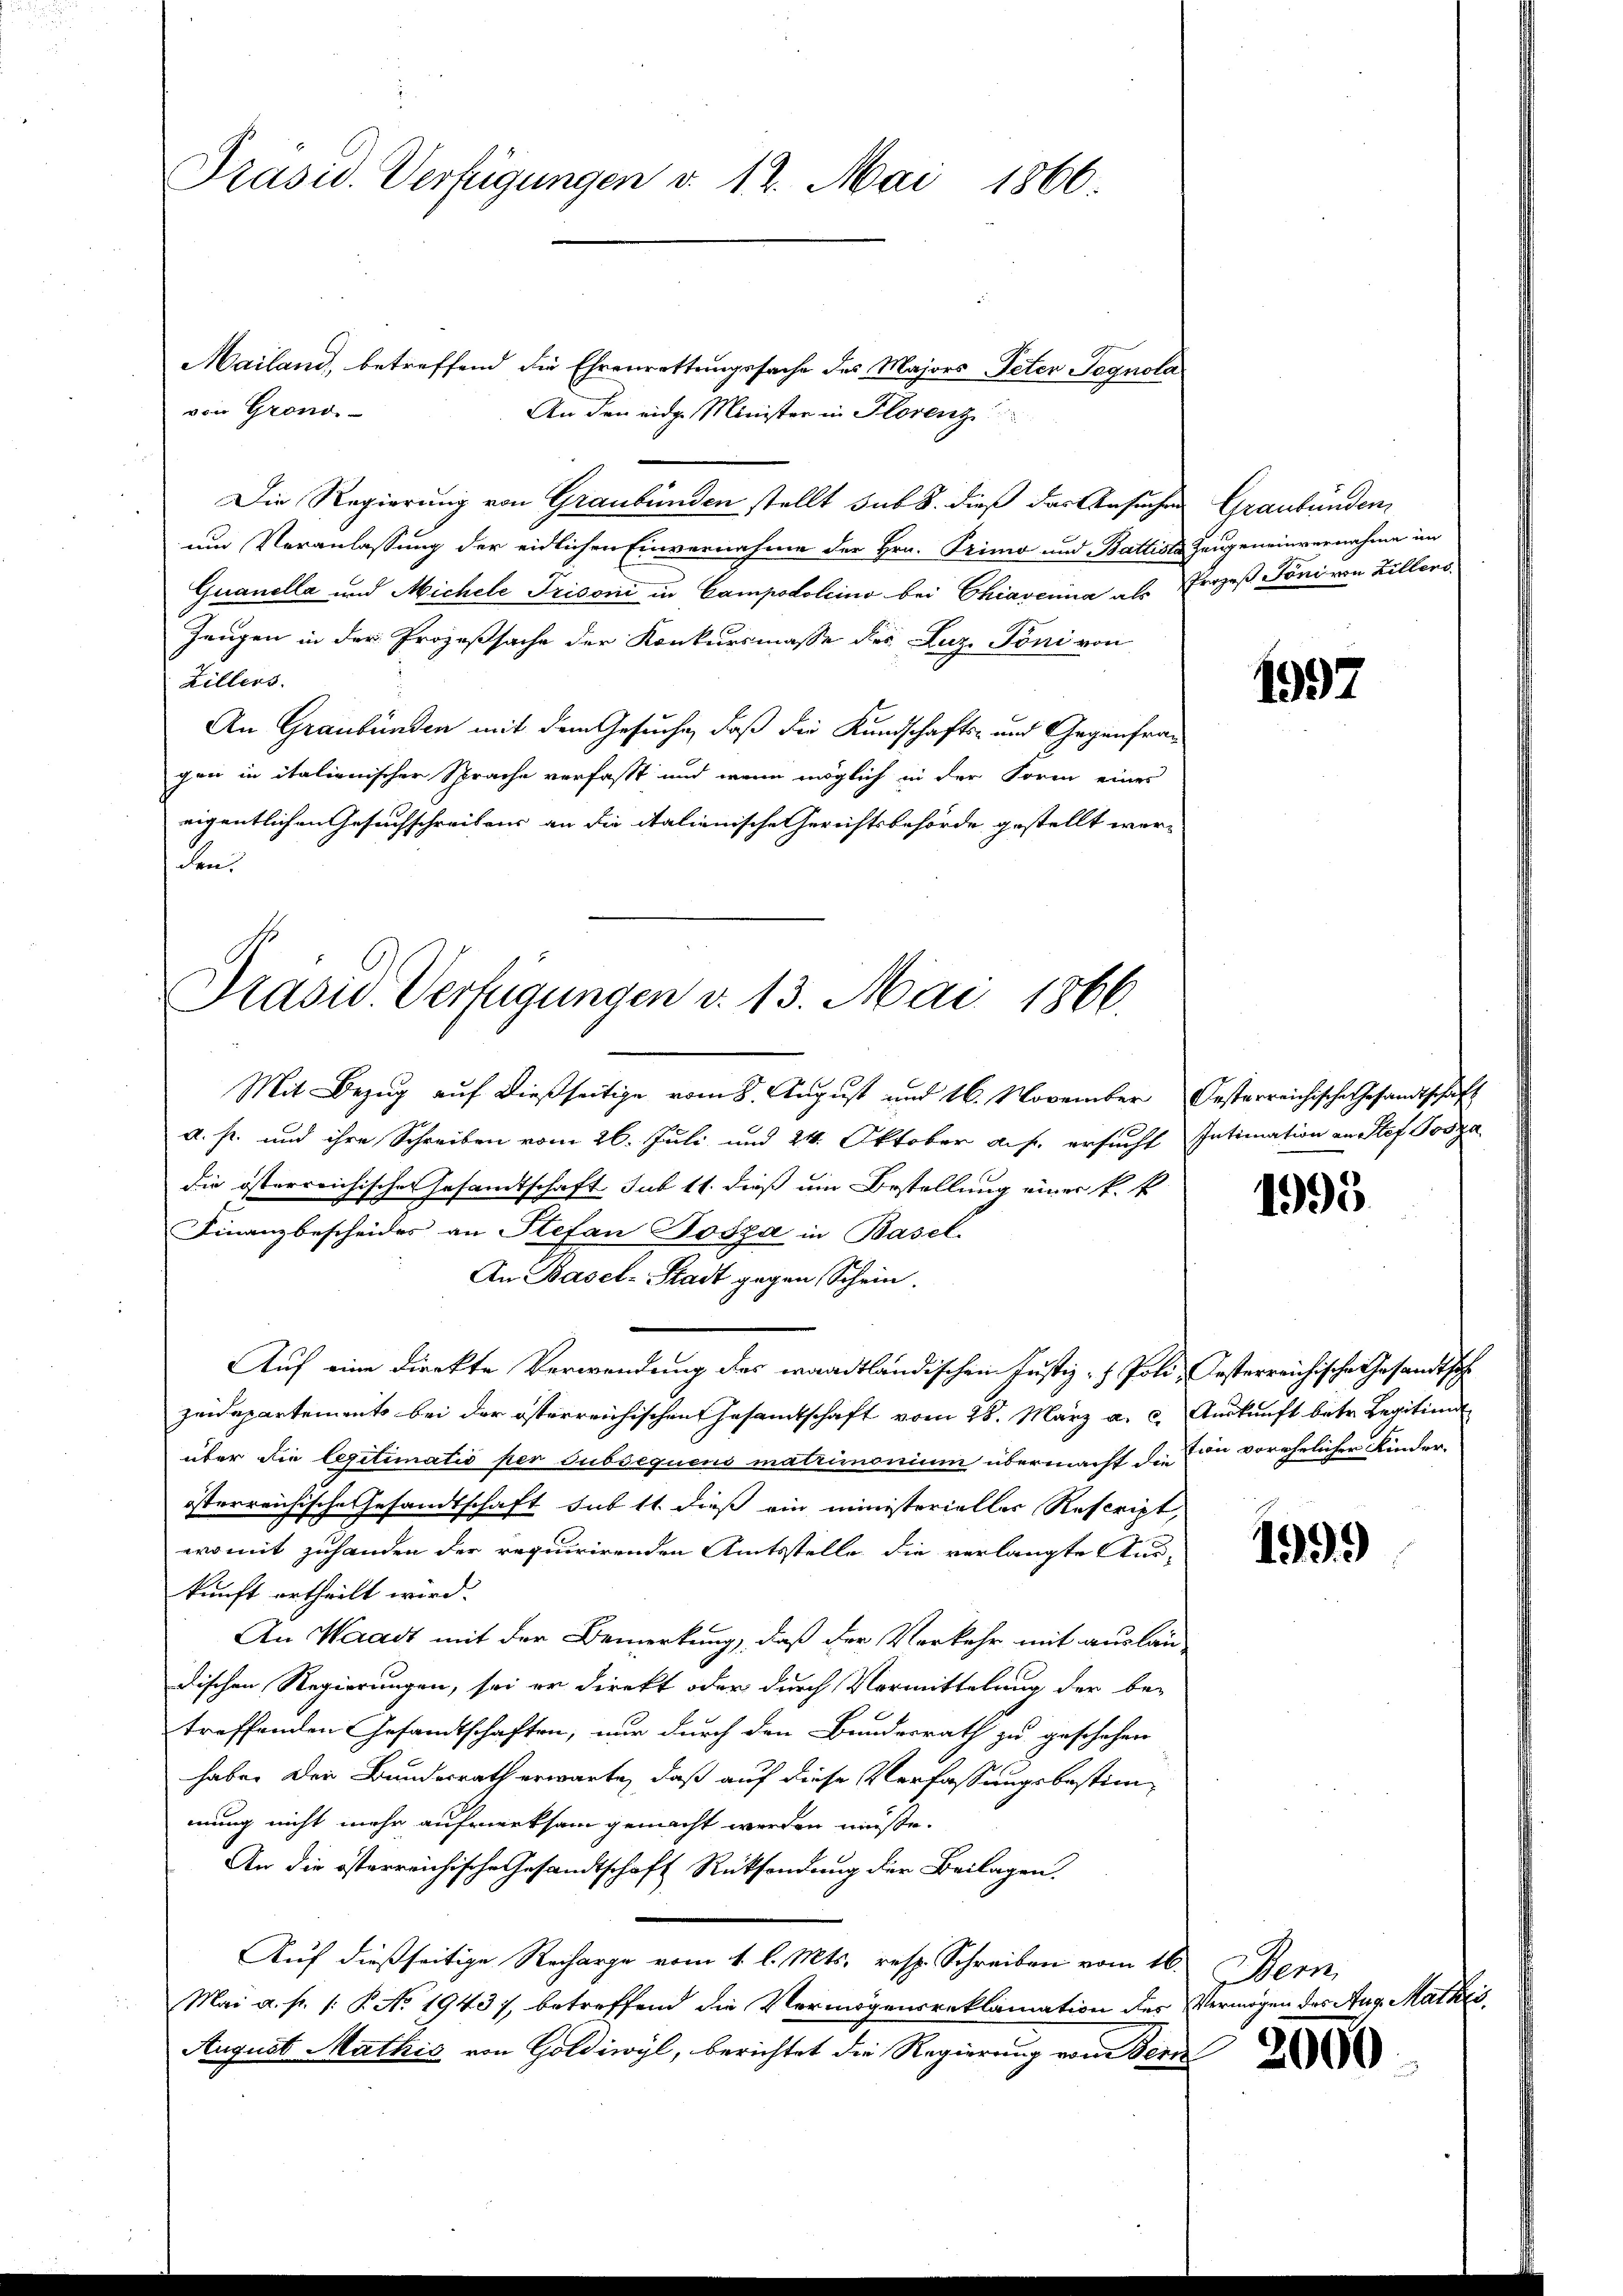
Präsid. Verfügungen v. 12. Mai 1866.

Mailand, betreffend die Ehrenrettungssache des Majors Peter Pognola
von Grondi
An den eidge Minister in Florenz
Die Regierung von Graubünden stellt sub 8. dieß des Ansuchen Graubünden,
um Veranlassung der eidlichen Einvernahme der Hrn. Primo und Battiste Zeugeneinvernahme im
Guanella und Michele Prisoni in Campodolcino bei Chiaverna als Prozeß Toni von Zillens
Zeugen in der Prozeßsache der Konkursmasse des Luz Pöni von
Zillers.
An Graubünden mit dem Gesuche, daß die Kundschafts- und Gegenfragen in italienischer Sprache verfasst und wenn möglich in der Form eines
eigentlichen Gesuchschreibens an die italienische Gerichtsbehörde gestellt werden

Prasiv. Verfügungen v. 13. Mai 1866.

Mit Bezŭg aŭf dießseitige vom 8. August und 16. November Oesterreichische Gesandtschaft
a. p. und ihre Schreiben vom 26. Juli und 24. Oktober auf. ersucht Intimation an Stef Tosza
die österreichischen Gesandtschaft sub 11. dieß um Bestellung einer k.k.
Finanzbescheides an Stefan Tosza in Basel.
An Basel-Stadt gegen Schein.
Auf eine direkte Verwendung des waadtländischen Justiz- & Poli-Oesterreichische Gesandtschzeidepartement bei der österreichischen Gesamtschaft vom 28. März a. c. Auskunft betr. Legitiend
über die legitimatio per subsequens matrimonium übermacht die Ein vorehelicher Kinder-
isterreichische Gesandtschaft sub 11. dieß ein ministerieller Rescript,
womit zuhanden der requirirenden Amtsstelle die verlangte Aus-
kunft ertheilt wird.
An Waadt mit der Bemerkung, daß der Verkehr mit auslau-
dischen Regierungen, sei er direkt oder durch Vormittelung der be-
treffenden Gesandtschaften, nur durch den Bundesrath zu geschehen
haben der Bundesrath erwarte, daß auf diese Verfassungsbestimmung nicht mehr aufmerksam gemacht werden müßte.
An die österreichische Gesandtschaft Rücksendung der Beilagen.
Auf dießseitige Recharge vom 1. l. Mts. resp. Schreiben vom 16. Bern,
Mai a. p. 1: P. No. 1943), betreffend die Vermögensreklamation des Vermögen des Aug. Math
August Mathis von Goldiwyl, berichtet die Regierung vom Bern

1997

1995.

1999)

2000

2